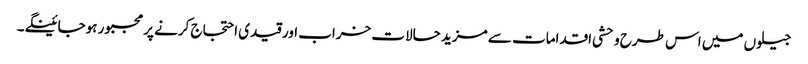
جیلوں میں اس طرح وحشی اقدامات سے مزید حالات خراب اور قیدی احتجاج کرنے پر مجبور ہوجائینگے۔